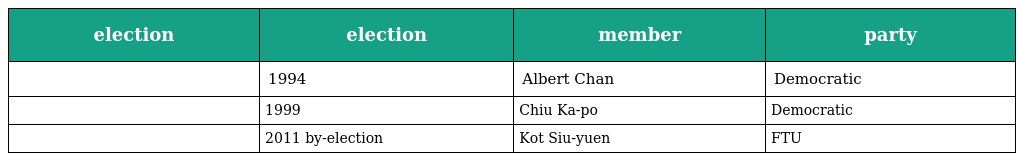
| election | election | member | party |
 | --- | --- | --- | --- |
 |  | 1994 | Albert Chan | Democratic |
 |  | 1999 | Chiu Ka-po | Democratic |
 |  | 2011 by-election | Kot Siu-yuen | FTU |